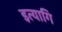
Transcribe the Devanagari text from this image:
इत्यागि